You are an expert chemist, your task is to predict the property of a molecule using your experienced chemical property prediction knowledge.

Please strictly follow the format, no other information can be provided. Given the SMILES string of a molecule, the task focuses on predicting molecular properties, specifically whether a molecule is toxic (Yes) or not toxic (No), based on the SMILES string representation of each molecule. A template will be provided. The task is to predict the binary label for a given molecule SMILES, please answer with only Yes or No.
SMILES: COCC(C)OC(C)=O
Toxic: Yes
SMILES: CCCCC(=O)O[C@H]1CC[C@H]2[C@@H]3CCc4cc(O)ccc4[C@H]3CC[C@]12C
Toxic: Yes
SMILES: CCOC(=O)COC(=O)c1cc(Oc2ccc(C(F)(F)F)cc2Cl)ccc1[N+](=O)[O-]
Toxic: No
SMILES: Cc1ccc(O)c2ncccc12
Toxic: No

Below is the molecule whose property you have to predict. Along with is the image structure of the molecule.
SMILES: O=C(O)COC(=O)Cc1ccccc1Nc1c(Cl)cccc1Cl
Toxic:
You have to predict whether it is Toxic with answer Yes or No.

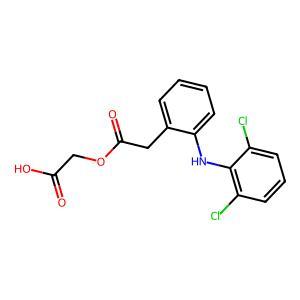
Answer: No